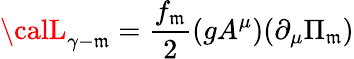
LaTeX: {\calL}_{\gamma-\mathfrak{m}}={\frac{{f_{\mathfrak{m}}}}{{2}}}(gA^{\mu})(\partial_{\mu}\Pi_{\mathfrak{m}})